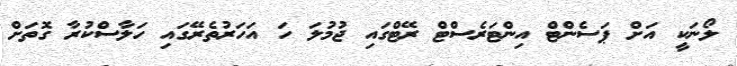
ލޯނަކީ އަށް ޕަސެންޓް އިންޓަރެސްޓް ރޭޓްގައި ޖުމުލަ ހަ އަހަރުތެރޭގައި ހަލާސްކުރާ ގޮތަށް